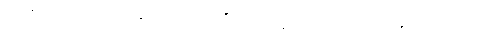
အကျိုးငှာ။ ကုလပုတ္တာ၊ အမျိုးကောင်းသားတို့သည်။ သမ္မဒေဝ၊ ကောင်းစွာသာလျှင်။ အဂါရသ္မာ၊